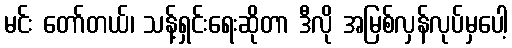
မင်း တော်တယ်၊ သန့်ရှင်းရေးဆိုတာ ဒီလို အမြစ်လှန်လုပ်မှပေါ့